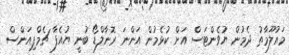
މައުލޫމާތު ދެމުން ޔުވެންޓަސް އަށް ކުޅެމުން އަންނަ ރޮނާލްޑޯ ބުނީ ޔުއެފާ ޗެމްޕިއަންސް